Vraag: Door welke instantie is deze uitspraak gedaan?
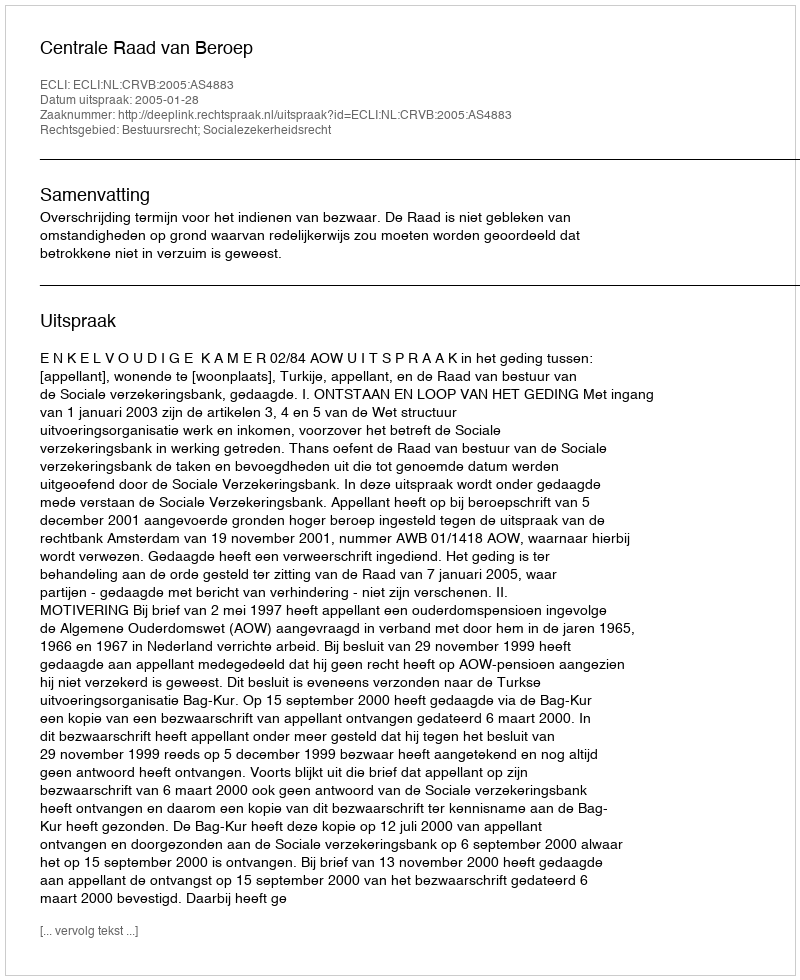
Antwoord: Centrale Raad van Beroep